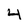
Character: 4